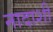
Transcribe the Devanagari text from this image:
नादाशी